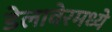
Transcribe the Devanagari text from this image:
डेलावेरमध्ये